[Report on the health of British troops in the Madras command]
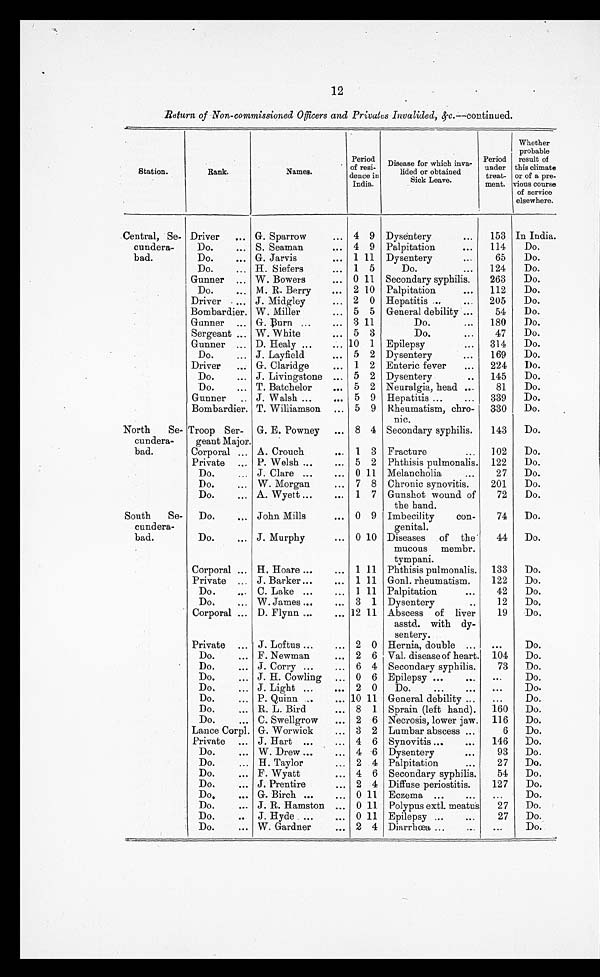
12
Return of Non-commissioned Officers and Privates Invalided, &c.—continued.
Station.
Rank.
Names.
Period
of resi-
dence in
India.
Disease for which inva-
lided or obtained
Sick Leave.
Period
under
treat-
meat.
Whether
probable
result of
this climate
or of a pre-
vious course
of service
elsewhere.
Central, Se-
cundera-
bad.
Driver
... G. Sparrow
... 4 9 Dysentery
. . .
153 In India.
Do.
... S. Seaman
... 4 9 Palpitation
. . .
114
Do.
Do.
... G. Jarvis
... 1 11 Dysentery
. . .
65
Do.
Do.
H. Siefers
. . .
1 5
Do.
...
124
Do.
Gunner
...
... W. Bowers
... 0 11 Secondary syphilis.
263
Do.
Do.
... M. R. Berry
. . .
2 10 Palpitation
...
112
Do.
Driver .... J. Midgley
... 2 0 Hepatitis ...
...
205
Do.
Bombardier. W. Miller
. . .
5 5 General debility ...
54
Do.
Gunner ... G. Burn ...
... 3 11
Do.
...
180
Do.
Sergeant ... W. White
... 5 3
Do.
. . .
47
Do.
Gunner ... D. Healy ...
... 10 1 Epilepsy
...
314
Do.
Do.
... J. Layfield
. . .
5 2 Dysentery
...
169
Do.
Driver
... G. Claridge
. . .
1 2 Enteric fever
...
224
Do.
Do.
... J. Livingstone ... 5 2 Dysentery
. . .
145
Do.
Do.
... T. Batchelor
. . .
5 2 Neuralgia, head
. . .
81
Do.
Gunner
.. J. Walsh ...
... 5 9 Hepatitis ...
...
339
Do.
Bombardier. T. Williamson ... 5 9 Rheumatism, chro-
nic.
330
Do.
.
North Se-
cundera-
bad.
Troop Ser-
geant Major.
G. E. Powney
... 8 4 Secondary syphilis.
. . .
143
Do.
Corporal ... A. Crouch
... 1 3 Fracture
...
102
Do.
Private ... P. Welsh ...
... 5 2 Phthisis pulmonalis. 122
Do.
Do.
... J. Clare ...
... 0 11 Melancholia
...
27
Do.
Do.
... W. Morgan
... 7 8 Chronic synovitis.
201
Do.
Do.
... A. Wyett ...
. . .
1 7 Gunshot wound of
the band.
72
Do.
South Se-
cundera-
bad.
.
Do.
. . .
John Mills
. . .
0 9 Imbecility
con-
genital.
74
Do.
Do.
... J. Murphy
... 0 10 Diseases of the
mucous membr.
tympani.
44
Do.
Corporal ... H. Hoare ...
. . .
1 11 Phthisis pulmonalis.
133
Do.
Private ... J. Barker ...
. . .
1 11 Gonl. rheumatism.
122
Do.
Do.
... C. Lake ...
... 1 11 Palpitation
...
42
Do.
Do.
... W. James ...
. . .
3 1 Dysentery
..
12
Do.
Corporal ... D. Flynn ...
... 12 11 Abscess of liver
19
Do.
asstd. with dy-
sentery.
Private ... J. Loftus ...
... 2 0 Hernia, double ...
...
Do.
Do.
... F. Newman
. . .
2 6 Val. disease of heart. 104
Do.
Do.
... J. Corry ...
... 6 4 Secondary syphilis.
73
Do.
Do.
... J. H. Cowling ... 0 6 Epilepsy ...
. . .
. . .Do.
Do.
... J. Light ...
... 2 0
Do.
...
. . .
. . .
Do.
Do.
... P. Quinn ...
... 10 11 General debility ...
...
Do.
Do.
... R. L. Bird
... 8 1 Sprain (left hand).
160
Do.
Do.
... C. Swellgrow
... 2 6 Necrosis, lower jaw.
116
Do.
Lance Corpl. G. Worwick
... 3 2 Lumbar abscess ...
6
Do.
Private ... J. Hart ...
... 4 6 Synovitis ...
...
146
Do.
Do.
... W. Drew ...
... 4 6 Dysentery
. . .
93
Do.
Do.
... H. Taylor
... 2 4 Palpitation
. . .
27
Do.
Do.
... F. Wyatt
... 4 6 Secondary syphilis.
54
Do.
Do.
... J. Prentire
. . .
2 4 Diffuse periostitis.
127
Do.
Do.
... G. Birch ...
... 0 11 Eczema ...
...
...
Do.
Do.
... J. H. Hamston ... 0 11 Polypus extl. meatus
27
Do.
Do.
.. J. Hyde ...
. . .
0 11 Epilepsy ...
. . .
27
Do.
Do.
... W. Gardner
... 2 4 Diarrhœa ...
...
...
Do.s